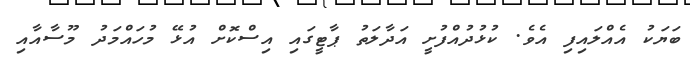
ބަޔަކު އެއްލައިފި އެވެ. ކުޅުދުއްފުށީ އަދާލަތު ޕާޓީގައި އިސްކޮށް އުޅޭ މުހައްމަދު މޫސާއާއި